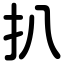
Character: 扒